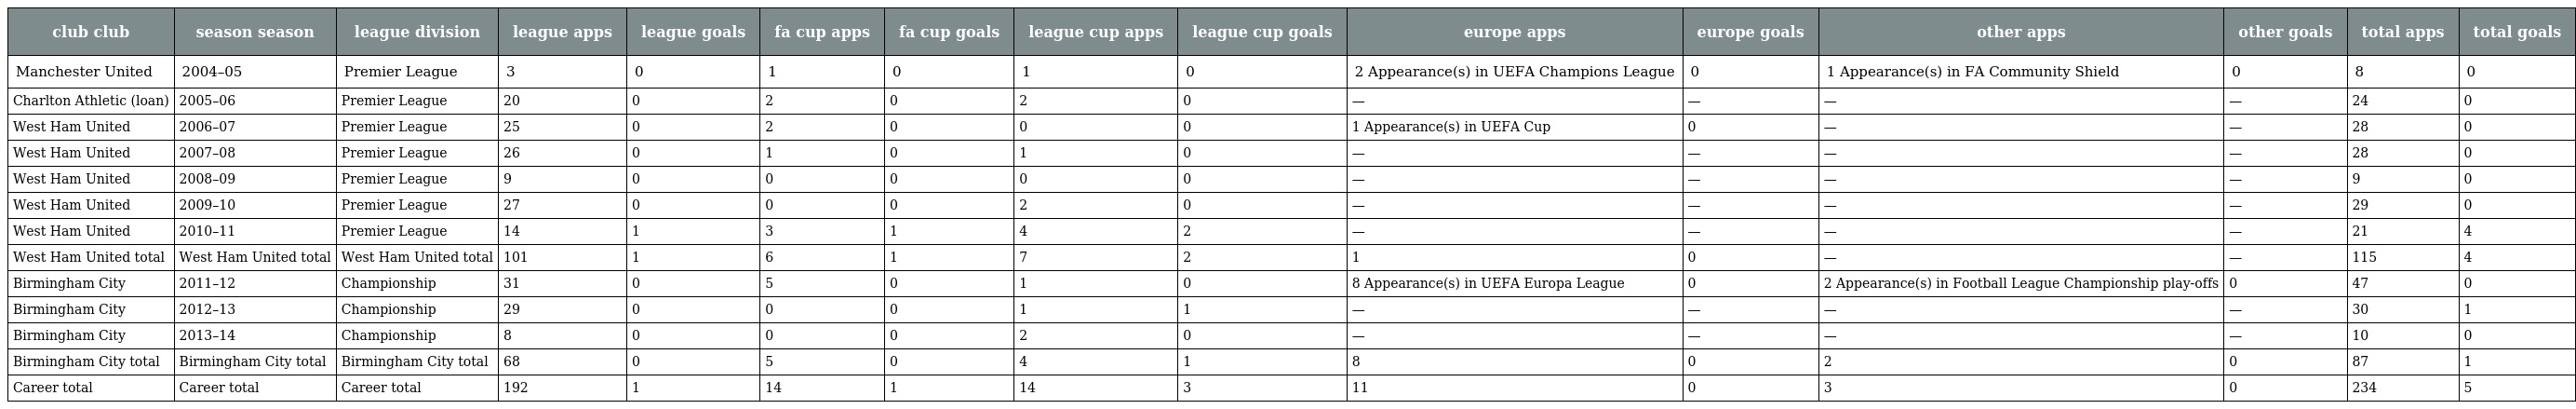
| club club | season season | league division | league apps | league goals | fa cup apps | fa cup goals | league cup apps | league cup goals | europe apps | europe goals | other apps | other goals | total apps | total goals |
 | --- | --- | --- | --- | --- | --- | --- | --- | --- | --- | --- | --- | --- | --- | --- |
 | Manchester United | 2004–05 | Premier League | 3 | 0 | 1 | 0 | 1 | 0 | 2 Appearance(s) in UEFA Champions League | 0 | 1 Appearance(s) in FA Community Shield | 0 | 8 | 0 |
 | Charlton Athletic (loan) | 2005–06 | Premier League | 20 | 0 | 2 | 0 | 2 | 0 | — | — | — | — | 24 | 0 |
 | West Ham United | 2006–07 | Premier League | 25 | 0 | 2 | 0 | 0 | 0 | 1 Appearance(s) in UEFA Cup | 0 | — | — | 28 | 0 |
 | West Ham United | 2007–08 | Premier League | 26 | 0 | 1 | 0 | 1 | 0 | — | — | — | — | 28 | 0 |
 | West Ham United | 2008–09 | Premier League | 9 | 0 | 0 | 0 | 0 | 0 | — | — | — | — | 9 | 0 |
 | West Ham United | 2009–10 | Premier League | 27 | 0 | 0 | 0 | 2 | 0 | — | — | — | — | 29 | 0 |
 | West Ham United | 2010–11 | Premier League | 14 | 1 | 3 | 1 | 4 | 2 | — | — | — | — | 21 | 4 |
 | West Ham United total | West Ham United total | West Ham United total | 101 | 1 | 6 | 1 | 7 | 2 | 1 | 0 | — | — | 115 | 4 |
 | Birmingham City | 2011–12 | Championship | 31 | 0 | 5 | 0 | 1 | 0 | 8 Appearance(s) in UEFA Europa League | 0 | 2 Appearance(s) in Football League Championship play-offs | 0 | 47 | 0 |
 | Birmingham City | 2012–13 | Championship | 29 | 0 | 0 | 0 | 1 | 1 | — | — | — | — | 30 | 1 |
 | Birmingham City | 2013–14 | Championship | 8 | 0 | 0 | 0 | 2 | 0 | — | — | — | — | 10 | 0 |
 | Birmingham City total | Birmingham City total | Birmingham City total | 68 | 0 | 5 | 0 | 4 | 1 | 8 | 0 | 2 | 0 | 87 | 1 |
 | Career total | Career total | Career total | 192 | 1 | 14 | 1 | 14 | 3 | 11 | 0 | 3 | 0 | 234 | 5 |